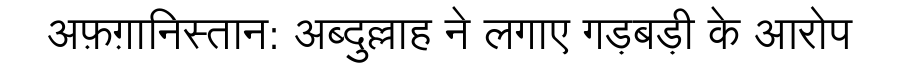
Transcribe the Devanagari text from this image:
अफ़ग़ानिस्तान: अब्दुल्लाह ने लगाए गड़बड़ी के आरोप